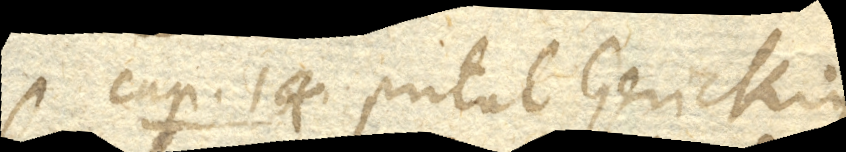
Cap. 14. Putat Gerickius